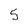
Character: 5